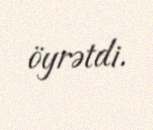
öyrətdi.